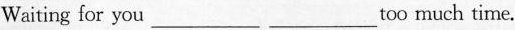
Waiting for you ___ ___ too much time.